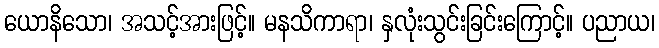
ယောနိသော၊ အသင့်အားဖြင့်။ မနသိကာရာ၊ နှလုံးသွင်းခြင်းကြောင့်။ ပညာယ၊